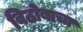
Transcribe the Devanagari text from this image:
विठोबाचा